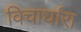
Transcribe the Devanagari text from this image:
विचार्धारा